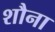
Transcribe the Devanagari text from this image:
शौना